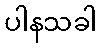
ပါနသခါ